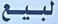
لبیع